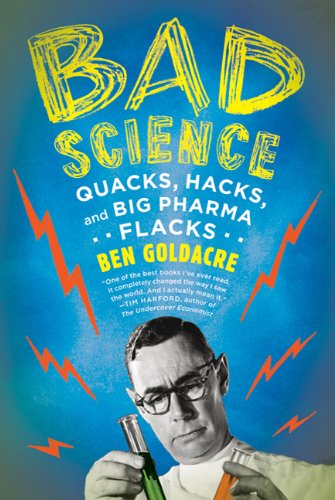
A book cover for Bad Science: Quacks, Hacks, and Big Pharma Flacks; Ben Goldacre; Science & Math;